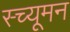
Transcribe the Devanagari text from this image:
स्च्यूमन